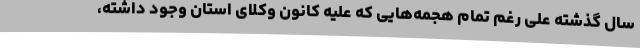
سال گذشته علی رغم تمام هجمه‌هایی که علیه کانون وکلای استان وجود داشته،